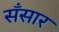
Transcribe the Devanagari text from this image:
सँसार